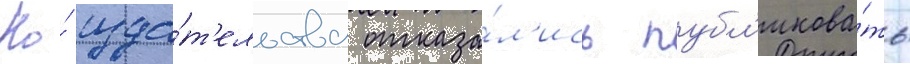
Но́ изда́т'ельства отказа́л'ись публ'икова́ть